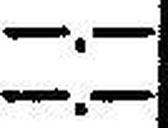
—.—